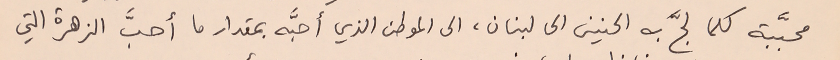
محبَّبة كلما لجَّ به الحنين الى لبنان، الى الموطن الذي أحبَّه بمقدار ما أحبَّ الزهرة التي